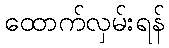
ထောက်လှမ်းရန်